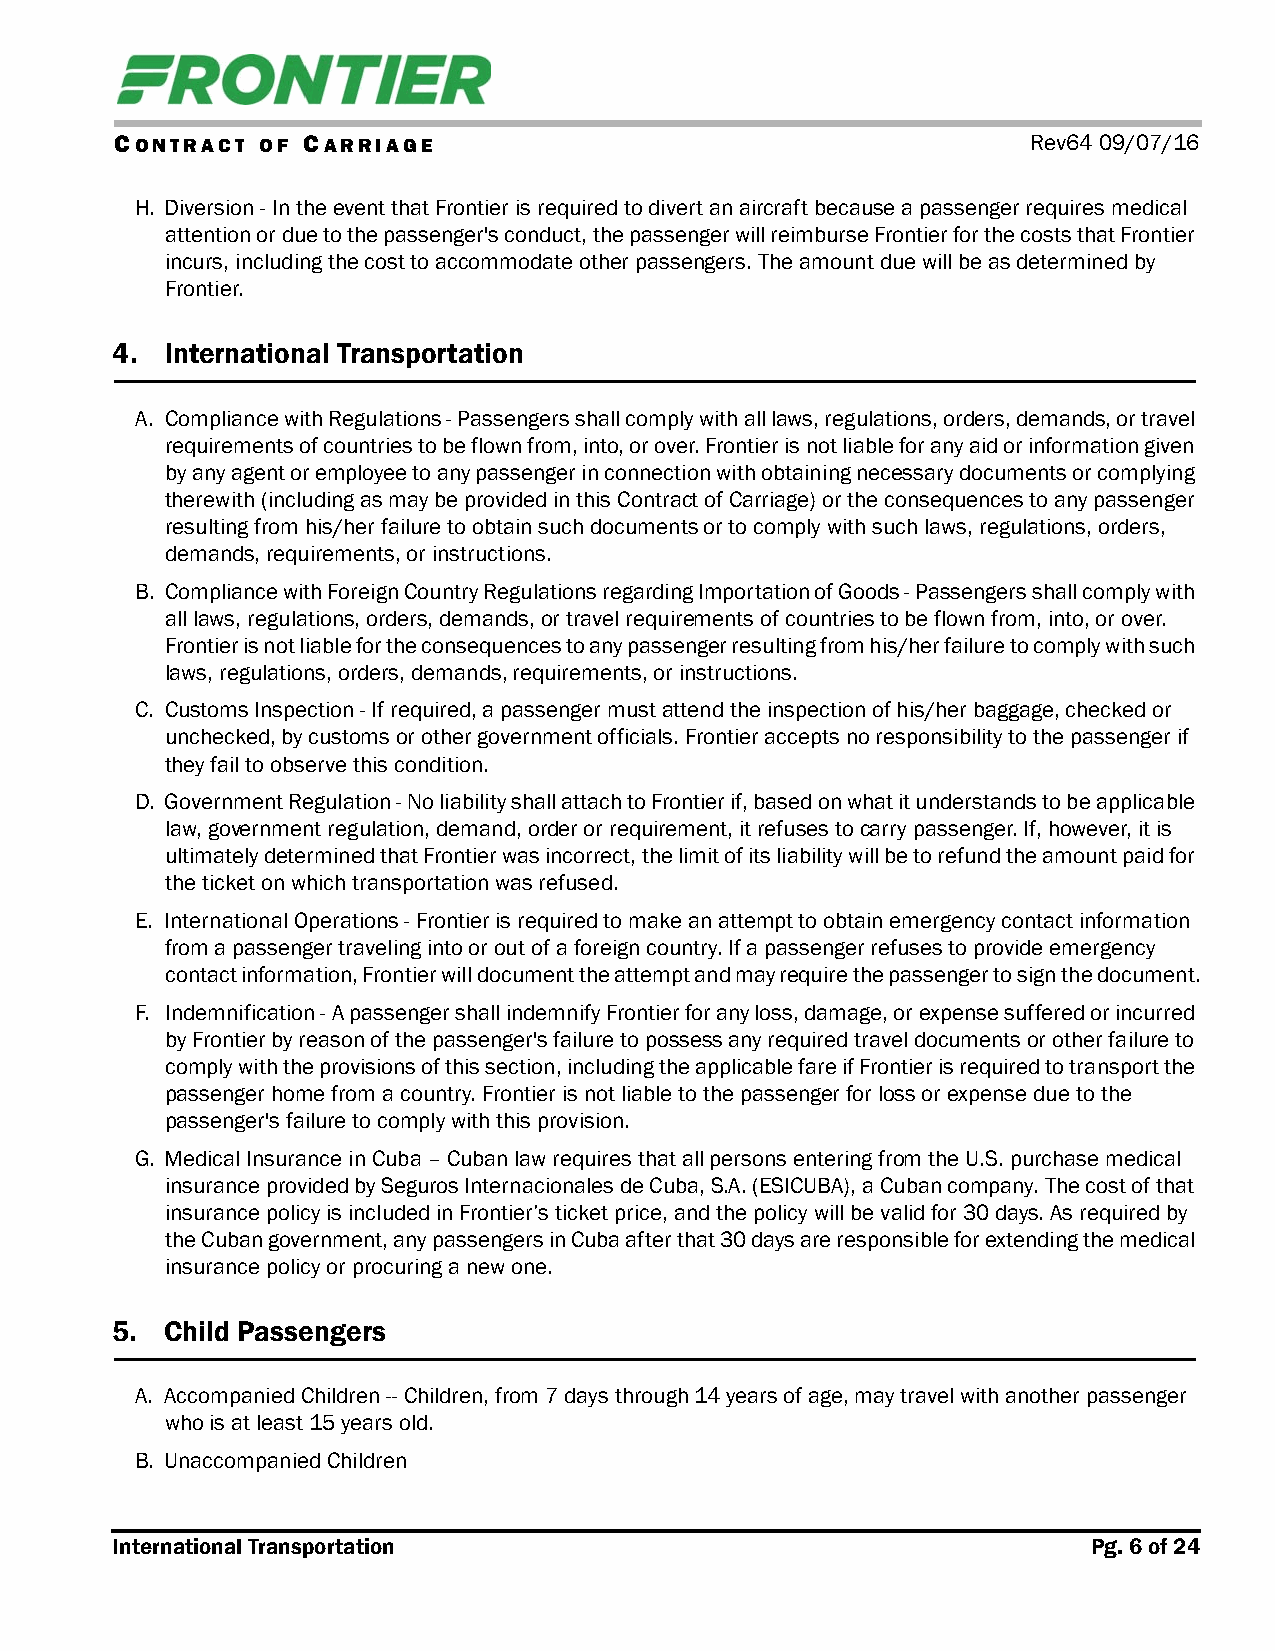
CONTRACT OF CARRIAGE                                        Rev64 09/07/16
 H. Diversion - In the event that Frontier is required to divert an aircraft because a passenger requires medical
 attention or due to the passenger's conduct, the passenger will reimburse Frontier for the costs that Frontier
 incurs, including the cost to accommodate other passengers. The amount due will be as determined by
 Frontier.
 4.  International Transportation
 A. Compliance with Regulations - Passengers shall comply with all laws, regulations, orders, demands, or travel
 requirements of countries to be flown from, into, or over. Frontier is not liable for any aid or information given
 by any agent or employee to any passenger in connection with obtaining necessary documents or complying
 therewith (including as may be provided in this Contract of Carriage) or the consequences to any passenger
 resulting from his/her failure to obtain such documents or to comply with such laws, regulations, orders,
 demands, requirements, or instructions.
 B. Compliance with Foreign Country Regulations regarding Importation of Goods - Passengers shall comply with
 all laws, regulations, orders, demands, or travel requirements of countries to be flown from, into, or over.
 Frontier is not liable for the consequences to any passenger resulting from his/her failure to comply with such
 laws, regulations, orders, demands, requirements, or instructions.
 C. Customs Inspection - If required, a passenger must attend the inspection of his/her baggage, checked or
 unchecked, by customs or other government officials. Frontier accepts no responsibility to the passenger if
 they fail to observe this condition.
 D. Government Regulation - No liability shall attach to Frontier if, based on what it understands to be applicable
 law, government regulation, demand, order or requirement, it refuses to carry passenger. If, however, it is
 ultimately determined that Frontier was incorrect, the limit of its liability will be to refund the amount paid for
 the ticket on which transportation was refused.
 E. International Operations - Frontier is required to make an attempt to obtain emergency contact information
 from a passenger traveling into or out of a foreign country. If a passenger refuses to provide emergency
 contact information, Frontier will document the attempt and may require the passenger to sign the document.
 F. Indemnification - A passenger shall indemnify Frontier for any loss, damage, or expense suffered or incurred
 by Frontier by reason of the passenger's failure to possess any required travel documents or other failure to
 comply with the provisions of this section, including the applicable fare if Frontier is required to transport the
 passenger home from a country. Frontier is not liable to the passenger for loss or expense due to the
 passenger's failure to comply with this provision.
 G. Medical Insurance in Cuba – Cuban law requires that all persons entering from the U.S. purchase medical
 insurance provided by Seguros Internacionales de Cuba, S.A. (ESICUBA), a Cuban company. The cost of that
 insurance policy is included in Frontier’s ticket price, and the policy will be valid for 30 days. As required by
 the Cuban government, any passengers in Cuba after that 30 days are responsible for extending the medical
 insurance policy or procuring a new one.
 5.  Child Passengers
 A. Accompanied Children -- Children, from 7 days through 14 years of age, may travel with another passenger
 who is at least 15 years old.
 B. Unaccompanied Children
 International Transportation                                     Pg. 6 of 24